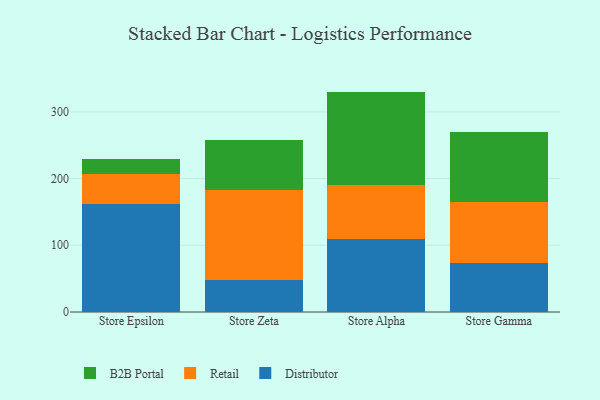
{"axis": {"x": "Store", "y": "Tickets Resolved"}, "legend": ["B2B Portal", "Distributor", "Retail"], "data": [{"x": "Store Epsilon", "y": 161.6, "type": "Distributor"}, {"x": "Store Epsilon", "y": 44.9, "type": "Retail"}, {"x": "Store Epsilon", "y": 22.7, "type": "B2B Portal"}, {"x": "Store Zeta", "y": 47.8, "type": "Distributor"}, {"x": "Store Zeta", "y": 134.3, "type": "Retail"}, {"x": "Store Zeta", "y": 76.4, "type": "B2B Portal"}, {"x": "Store Alpha", "y": 109.9, "type": "Distributor"}, {"x": "Store Alpha", "y": 80.4, "type": "Retail"}, {"x": "Store Alpha", "y": 140.0, "type": "B2B Portal"}, {"x": "Store Gamma", "y": 72.7, "type": "Distributor"}, {"x": "Store Gamma", "y": 92.2, "type": "Retail"}, {"x": "Store Gamma", "y": 105.0, "type": "B2B Portal"}]}